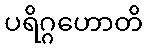
ပရိဂ္ဂဟောတိ